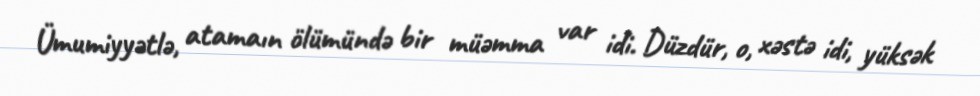
Ümumiyyətlə, atamaın ölümündə bir müəmma var idi. Düzdür, o, xəstə idi, yüksək